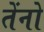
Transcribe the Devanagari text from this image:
तेंनो